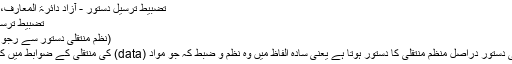
تضبیط ترسیل دستور - آزاد دائرۃ المعارف، ویکیپیڈیا
تضبیط ترسیل دستور
(نظم منتقلی دستور سے رجوع مکرر)
نظم منتقلی دستور دراصل منظم منتقلی کا دستور ہوتا ہے یعنی سادہ الفاظ میں وہ نظم و ضبط کہ جو مواد (data) کی منتقلی کے ضوابط میں کام آتا ہے۔